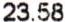
23.58